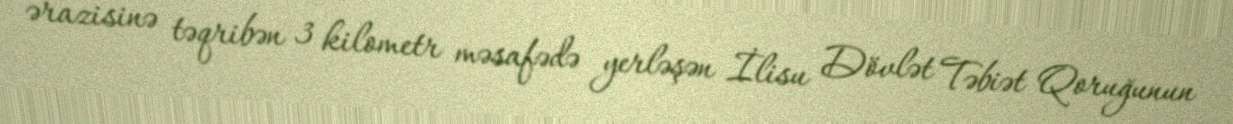
ərazisinə təqribən 3 kilometr məsafədə yerləşən İlisu Dövlət Təbiət Qoruğunun